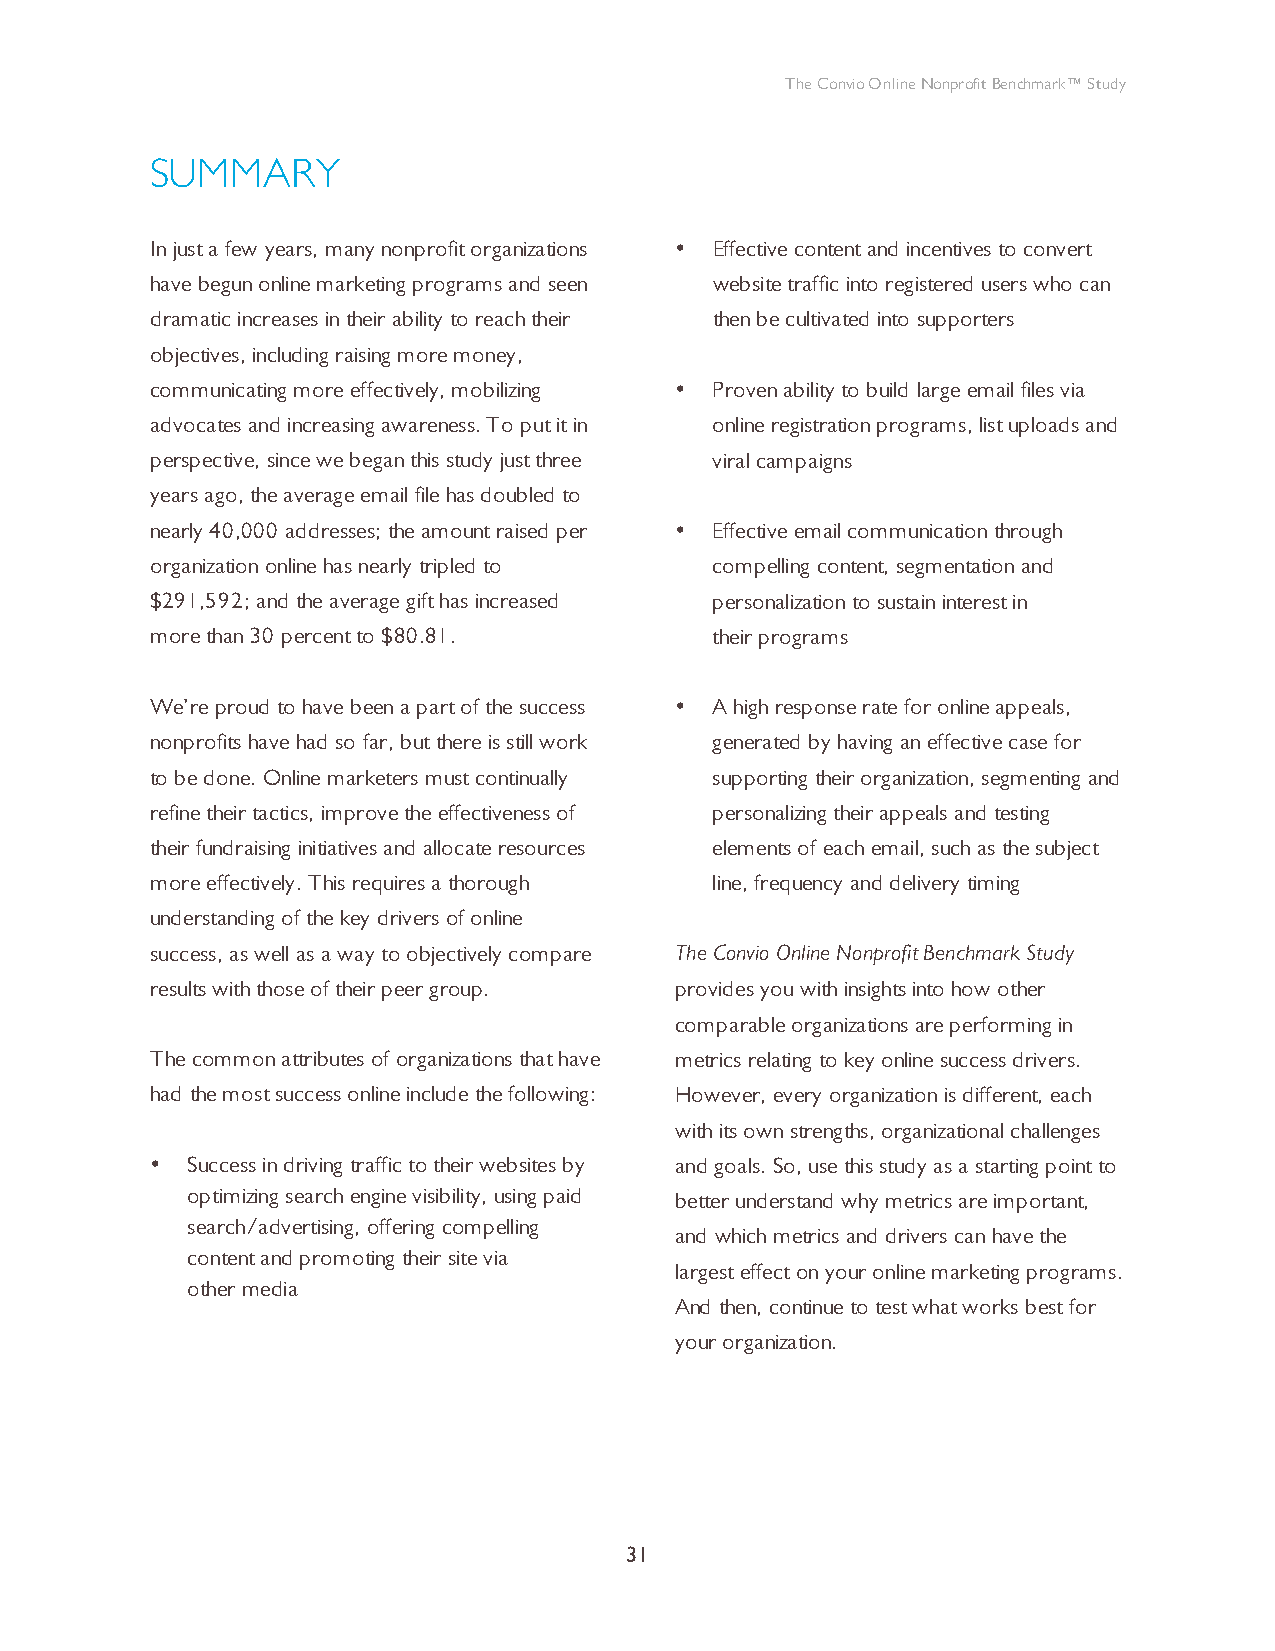
The Convio Online Nonprofit Benchmark™ Study
 SUMMARY
 In just a few years, many nonprofit organizations • Effective content and incentives to convert
 have begun online marketing programs and seen website traffic into registered users who can
 dramatic increases in their ability to reach their then be cultivated into supporters
 objectives, including raising more money,
 communicating more effectively, mobilizing • Proven ability to build large email files via
 advocates and increasing awareness. To put it in online registration programs, list uploads and
 perspective, since we began this study just three viral campaigns
 years ago, the average email file has doubled to
 nearly 40,000 addresses; the amount raised per • Effective email communication through
 organization online has nearly tripled to compelling content, segmentation and
 $291,592; and the average gift has increased personalization to sustain interest in
 more than 30 percent to $80.81.      their programs
 We’re proud to have been a part of the success • A high response rate for online appeals,
 nonprofits have had so far, but there is still work generated by having an effective case for
 to be done. Online marketers must continually supporting their organization, segmenting and
 refine their tactics, improve the effectiveness of personalizing their appeals and testing
 their fundraising initiatives and allocate resources elements of each email, such as the subject
 more effectively. This requires a thorough line, frequency and delivery timing
 understanding of the key drivers of online
 success, as well as a way to objectively compare The Convio Online Nonprofit Benchmark Study
 results with those of their peer group. provides you with insights into how other
 comparable organizations are performing in
 The common attributes of organizations that have metrics relating to key online success drivers.
 had the most success online include the following: However, every organization is different, each
 with its own strengths, organizational challenges
 • Success in driving traffic to their websites by and goals. So, use this study as a starting point to
 optimizing search engine visibility, using paid better understand why metrics are important,
 search/advertising, offering compelling
 and which metrics and drivers can have the
 content and promoting their site via
 largest effect on your online marketing programs.
 other media
 And then, continue to test what works best for
 your organization.
 31